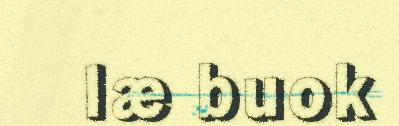
læ buok